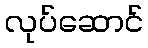
လုပ်ဆောင်